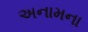
અનામના